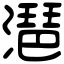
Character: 潖